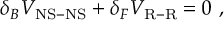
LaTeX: \delta _ { B } V _ { \mathrm { N S - N S } } + \delta _ { F } V _ { \mathrm { R - R } } = 0 ~ ,